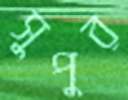
সুপুর